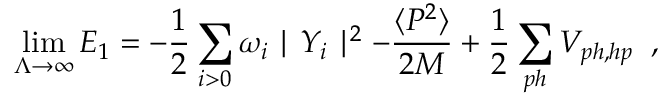
\operatorname * { l i m } _ { \Lambda \to \infty } E _ { 1 } = - \frac { 1 } { 2 } \sum _ { i > 0 } \omega _ { i } \mid Y _ { i } \mid ^ { 2 } - \frac { \langle P ^ { 2 } \rangle } { 2 M } + \frac { 1 } { 2 } \sum _ { p h } V _ { p h , h p } \; \; ,